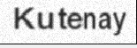
Kutenay